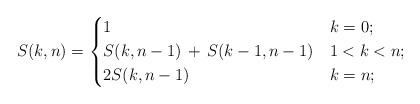
LaTeX: \begin{align*}S(k,n) = \begin{dcases} 1 & k = 0; \\ S(k,n-1) \,+\, S(k-1,n-1) & 1 < k < n; \\ 2S(k,n-1) & k = n; \end{dcases}\end{align*}